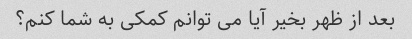
بعد از ظهر بخیر آیا می توانم کمکی به شما کنم؟